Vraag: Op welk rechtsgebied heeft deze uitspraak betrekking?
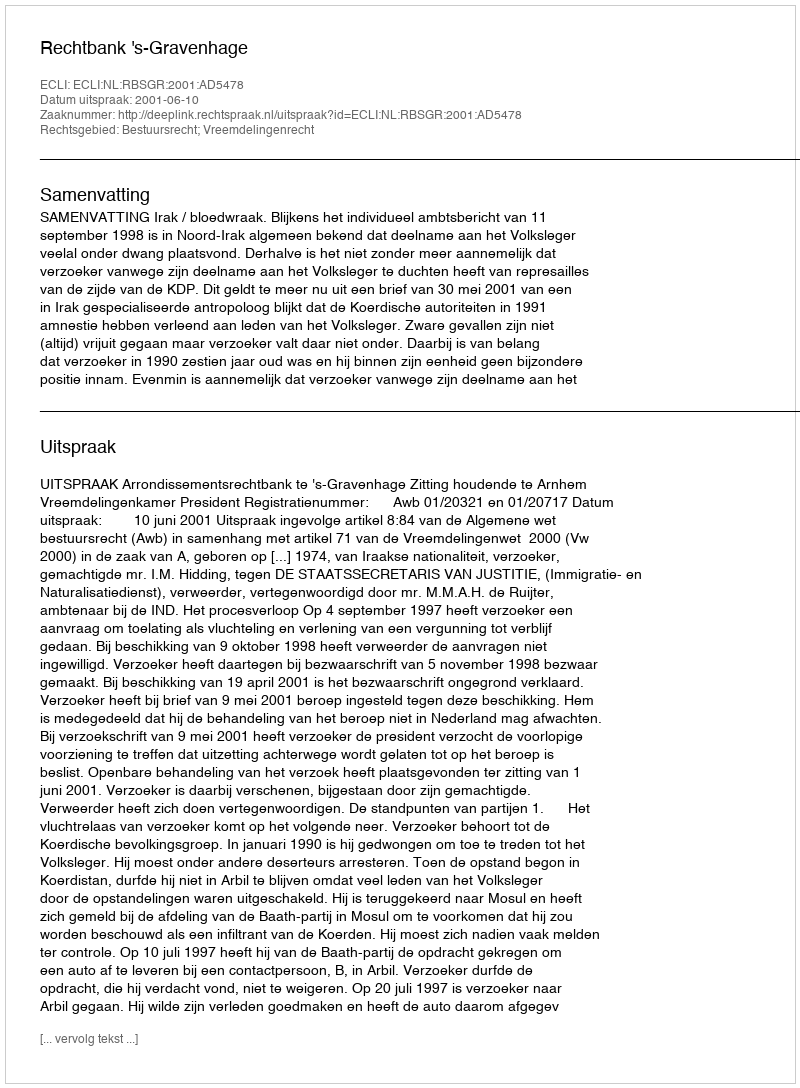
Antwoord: Bestuursrecht; Vreemdelingenrecht